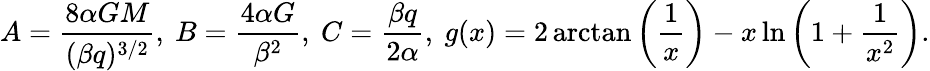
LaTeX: A=\frac{8\alpha GM}{(\beta q)^{3/2}},~B=\frac{4\alpha G}{\beta^{2}},~C=\frac{\beta q}{2\alpha},~g(x)=2\arctan\left(\frac{1}{x}\right)-x\ln\left(1+\frac{1}{x^{2}}\right).